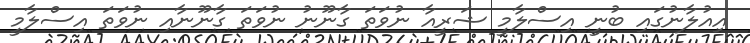
އިއުލާނުގައި ބުނީ އިސްލާމީ ޝަރީއާ ނުވަތަ ގާނޫނު ނުވަތަ ގާނޫނާއި ނުވަތަ އިސްލާމީ